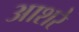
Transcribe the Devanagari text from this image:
आशरे